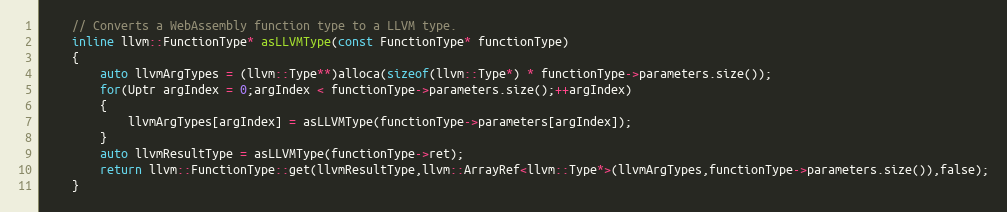
Language: C
	// Converts a WebAssembly function type to a LLVM type.
	inline llvm::FunctionType* asLLVMType(const FunctionType* functionType)
	{
		auto llvmArgTypes = (llvm::Type**)alloca(sizeof(llvm::Type*) * functionType->parameters.size());
		for(Uptr argIndex = 0;argIndex < functionType->parameters.size();++argIndex)
		{
			llvmArgTypes[argIndex] = asLLVMType(functionType->parameters[argIndex]);
		}
		auto llvmResultType = asLLVMType(functionType->ret);
		return llvm::FunctionType::get(llvmResultType,llvm::ArrayRef<llvm::Type*>(llvmArgTypes,functionType->parameters.size()),false);
	}